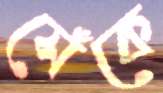
সেঁকে